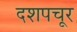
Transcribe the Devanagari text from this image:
दशपचूर